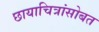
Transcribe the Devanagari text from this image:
छायाचित्रांसोबत